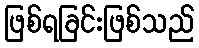
ဖြစ်ရခြင်းဖြစ်သည်